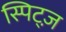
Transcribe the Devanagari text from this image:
स्पिट्ज़